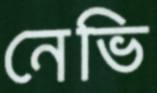
নেভি